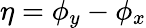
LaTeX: \eta=\phi_{y}-\phi_{x}